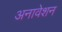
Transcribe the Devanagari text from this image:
अनावेशन